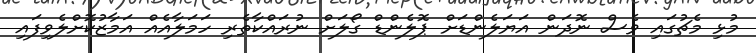
މުޅި މެޗުގައި ވެސް ނޮދަން އަޔަލެންޑަށް ޕޮލެންޑް ގޯލަށް ނުރައްކާތެރި ހަމަލާއެއް އަމާޒުކޮށްލެވިފައި